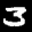
Label: 3